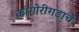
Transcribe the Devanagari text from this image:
कांगोरीगडाचे